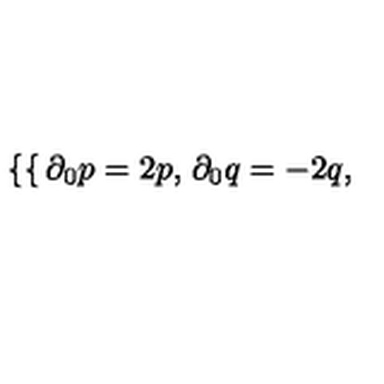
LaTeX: \left\{ \begin{cases} { \partial _ { 0 } p = 2 p , } \\ { \partial _ { 0 } q = - 2 q , } \\ \end{cases} \right.